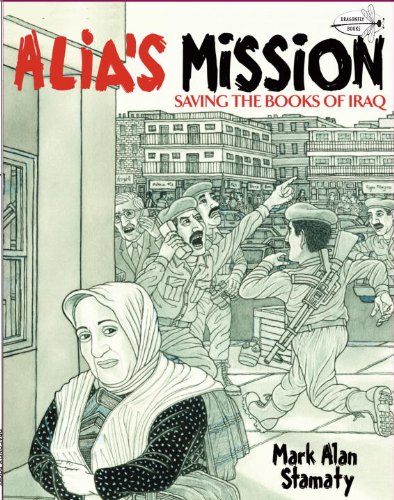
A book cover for Alia's Mission: Saving the Books of Iraq (Dragonfly Books); Mark Alan Stamaty; Children's Books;